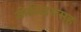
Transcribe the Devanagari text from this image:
जोडीदारासह